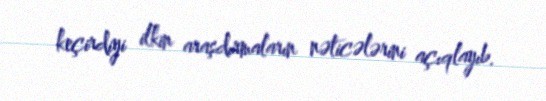
keçirdiyi ilkin araşdırmaların nəticələrini açıqlayıb.